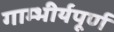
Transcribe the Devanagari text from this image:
गाम्भीर्यपूर्ण